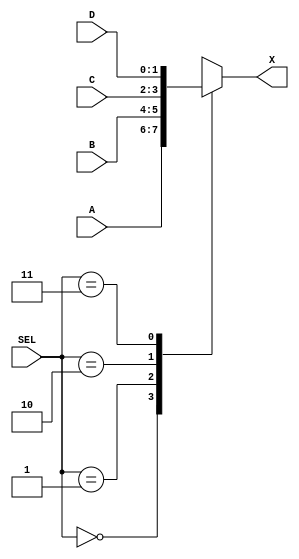
//!DO NOT EDIT MODULE NAME AND PORT NAME!
module multiplexer(
    input [1:0]A,
    input [1:0]B,
    input [1:0]C,
    input [1:0]D,
    input [1:0]SEL,
    output [1:0]X
);

//YOUR CODE HERE
//TIPS: IN THE VERILOG CASE STATEMENT, YOU HAVE TO LIST ALL CONDITION TO AVIOD ANY AMBIGUOUS STATEMENT;

reg [1:0] reg_X = 2'b00;
assign X = reg_X;

always@(A, B, C, D, SEL)
    begin
    case(SEL)
        2'b00: reg_X=A;
        2'b01: reg_X=B;
        2'b10: reg_X=C;
        2'b11: reg_X=D;
    endcase
    end

endmodule